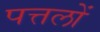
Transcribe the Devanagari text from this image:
पत्तलों